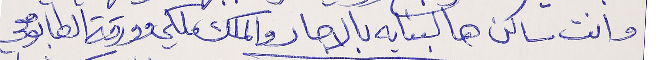
وانت ساكن هالبنايه بالاجار والملك ملكي وورقة الطابو معي